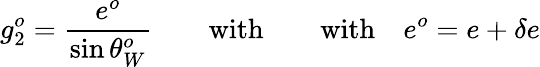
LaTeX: g_{2}^{o}={\frac{e^{o}}{\sin\theta_{W}^{o}}}\qquad\mathrm{with}\qquad\mathrm{with}\quad e^{o}=e+\delta e